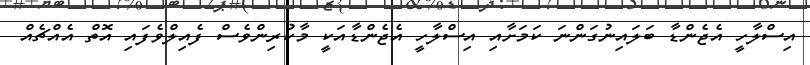
އިސްލާހީ އެޖެންޑާ ބަލައިނުގަންނަ ކަމަށާއި އިސްލާހީ އެޖެންޑާއަކީ މާކުރިންވެސް ފެއިލްވެފައި އޮތް އެއްޗެއް